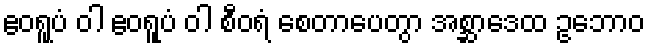
ဧဝရူပံ ဝါ ဧဝရူပံ ဝါ စီဝရံ စေတာပေတွာ အစ္ဆာဒေထ ဥဘောဝ